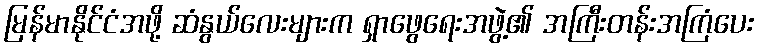
မြန်မာနိုင်ငံအဖို့ ဆံနွယ်လေးများက ရှာဖွေရေးအဖွဲ့၏ အကြီးတန်းအကြံပေး